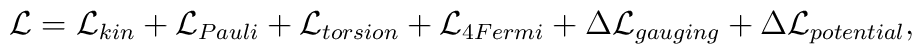
{\cal L}={\cal L}_{kin}+{\cal L}_{Pauli}+{\cal L}_{torsion}+{\cal L}_{4Fermi}+\Delta {\cal L}_{gauging}+\Delta {\cal L}_{potential},